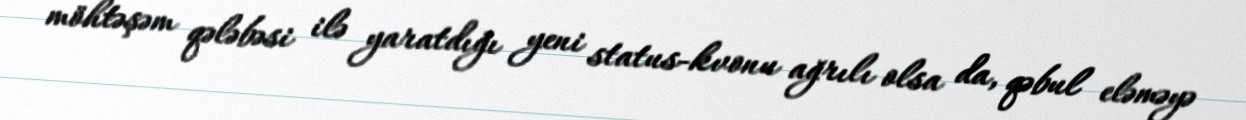
möhtəşəm qələbəsi ilə yaratdığı yeni status-kvonu ağrılı olsa da, qəbul eləməyə